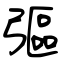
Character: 彄